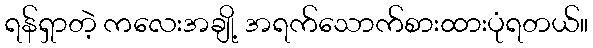
ရန်ရှာတဲ့ ကလေးအချို့ အရက်သောက်စားထားပုံရတယ်။